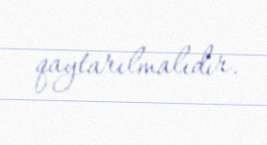
qaytarılmalıdır.